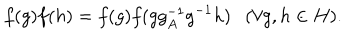
f ( g ) f ( h ) = f ( g ) f ( g g _ { A } ^ { - 1 } g ^ { - 1 } h ) ( \forall g , h \in H ) .